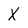
Character: X